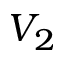
V _ { 2 }